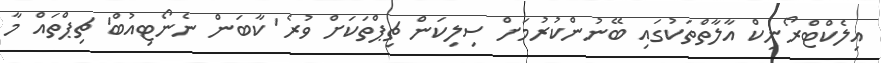
އިލެކްޓްރޯނިކް އާލާތްތަކުގައި ބޭނުންކުރުމަށް ސިލިކަން ޗިޕްތަކަށް ވުރެ 'ކާބަން ނެނޯޓިއުބް' ޗިޕްތައް މާ